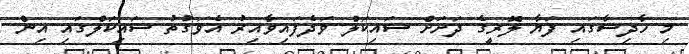
މި ހާދިސާގައި ފަޔާ ލޮރީގެ ދަށަށް ސައިކަލް ވަދެފައިވާއިރު އެވަގުތު ސައިކަލްގައި އިން